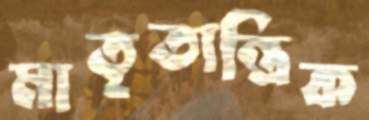
মাতৃতান্ত্রিক